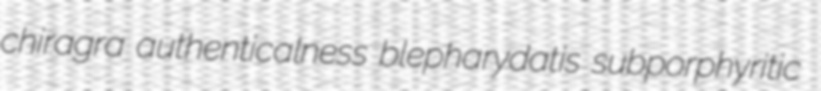
chiragra authenticalness blepharydatis subporphyritic